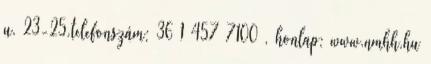
u. 23-25.telefonszám: 36 1 457 7100 , honlap: www.nmhh.hu